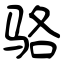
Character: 骆